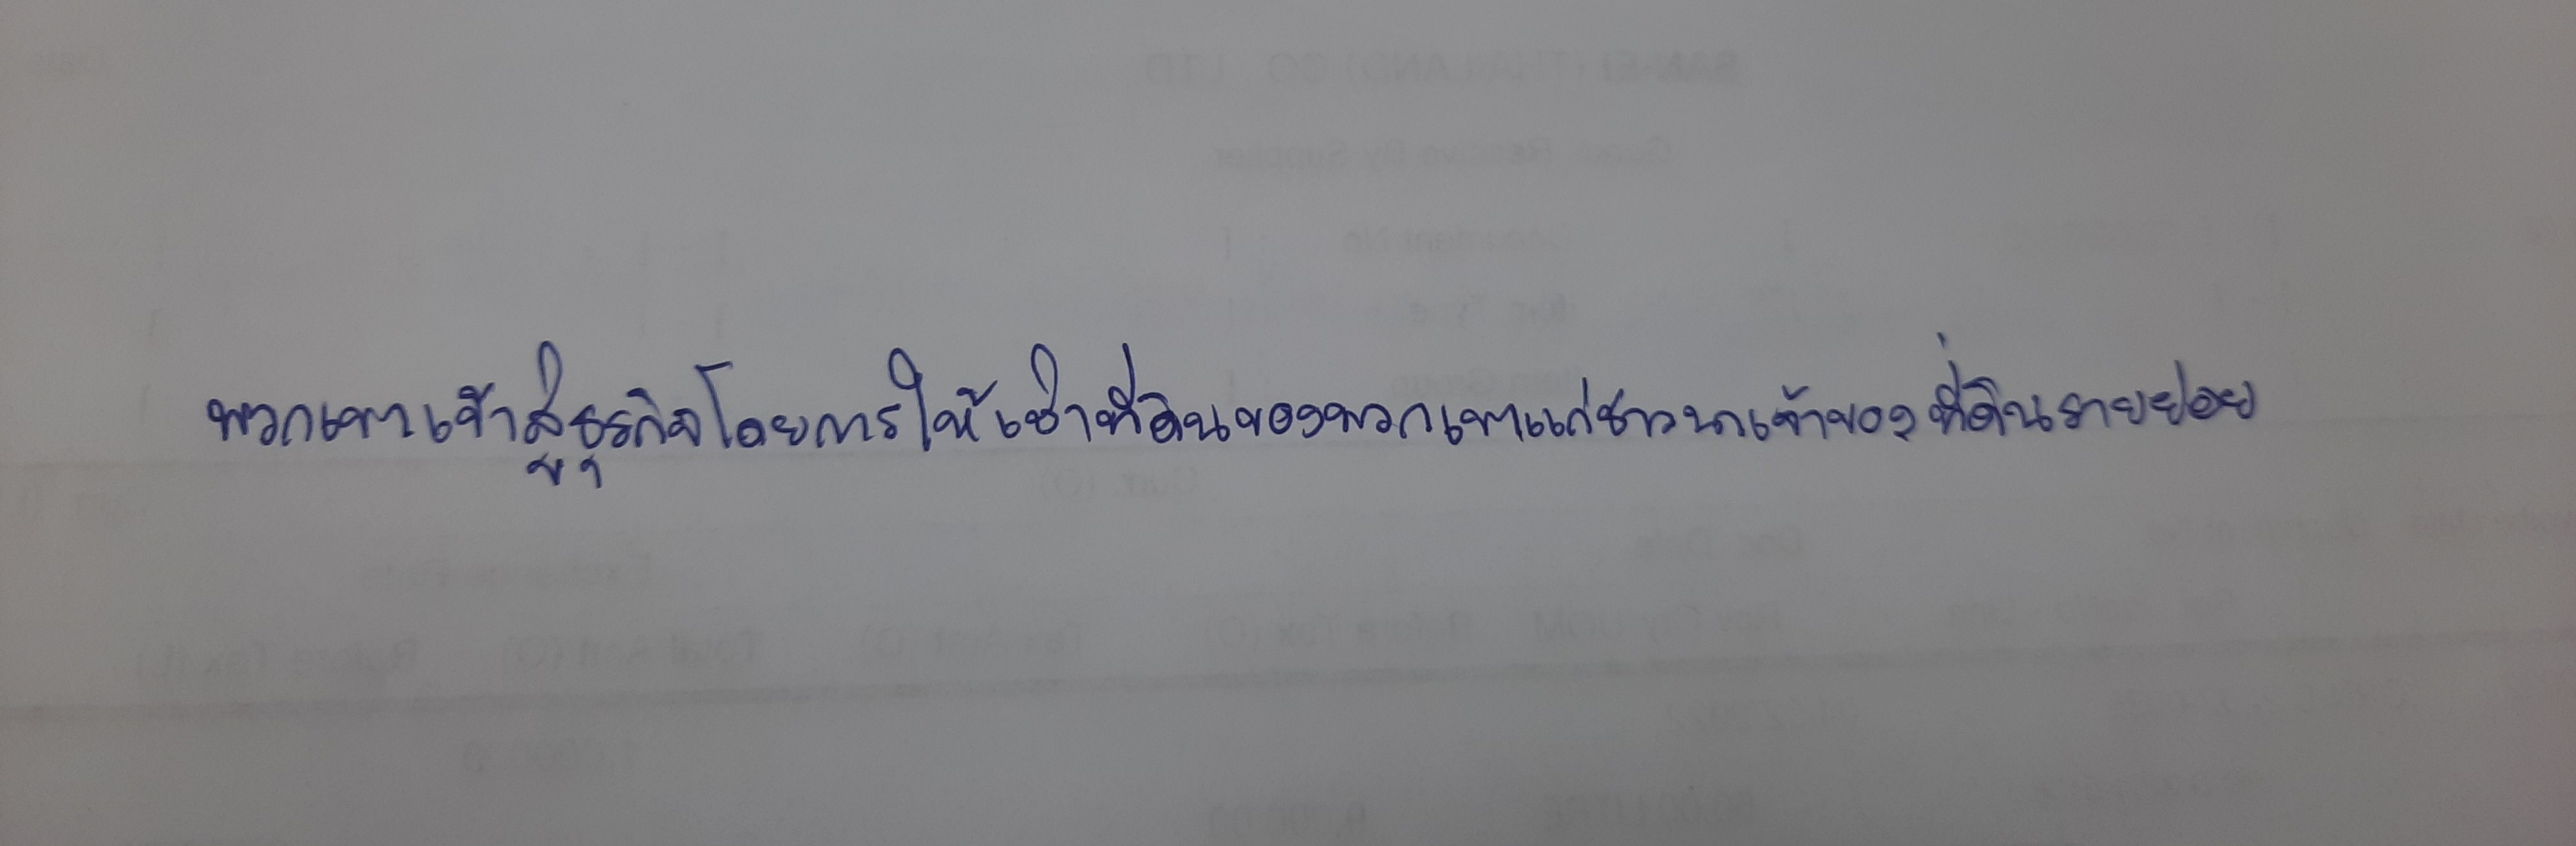
พวกเขาเข้าสู่ธุรกิจโดยการให้เช่าที่ดินของพวกเขาแก่ชาวนาเจ้าของที่ดินรายย่อย